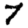
Digit: 7